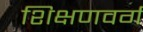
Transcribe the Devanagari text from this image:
शिक्षणवर्ग